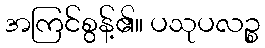
အကြင်စွန့်၏။ ပသုပလဉ္စ